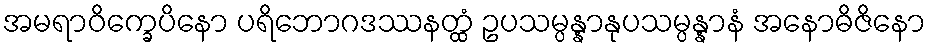
အမရာဝိက္ခေပိနော ပရိဘောဂဒဿနတ္ထံ ဥပသမ္ပန္နာနုပသမ္ပန္နာနံ အနောဓိဇိနော